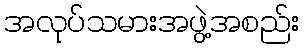
အလုပ်သမားအဖွဲ့အစည်း